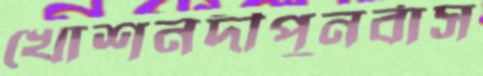
খোশনদীপুনর্বাস